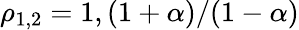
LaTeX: \rho_{1,2}=1,(1+\alpha)/(1-\alpha)